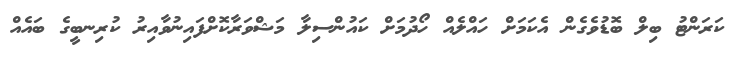
ކަރަންޓު ބިލް ބޮޑުވެގެން އެކަމަށް ހައްލެއް ހޯދުމަށް ކައުންސިލާ މަޝްވަރާކޮށްފައިނުވާއިރު ކުރިނބީގެ ބައެއް